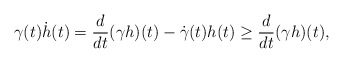
\begin{align*}\gamma(t)\dot h(t)=\frac{d}{dt}(\gamma h)(t)-\dot\gamma(t)h(t)\geq \frac{d}{dt}(\gamma h)(t),\end{align*}